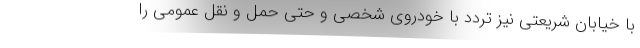
با خیابان شریعتی نیز تردد با خودروی شخصی و حتی حمل و نقل عمومی را